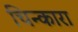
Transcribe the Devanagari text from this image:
चिन्कारा